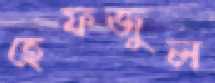
হেফজুল